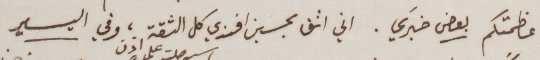
عظمتكم بعض خبَري. اني اثق بحسين افندي كل الثقة، وفي اليسير